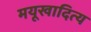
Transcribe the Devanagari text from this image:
मयूखादित्य